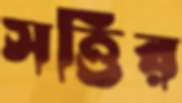
সত্তির